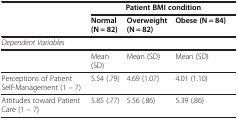
|  | <COLSPAN=3> Patient BMI condition |
 |  | Normal (N = 82) | Overweight (N = 82) | Obese (N = 84) |
 | --- | --- | --- | --- |
 | Dependent Variables |  |  |  |
 |  | Mean (SD) | Mean (SD) | Mean (SD) |
 | Perceptions of Patient Self-Management (1 – 7) | 5.54 (.79) | 4.69 (1.07) | 4.01 (1.10) |
 | Attitudes toward Patient Care (1 – 7) | 5.85 (.77) | 5.56 (.86) | 5.39 (.86) |